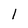
Character: 1